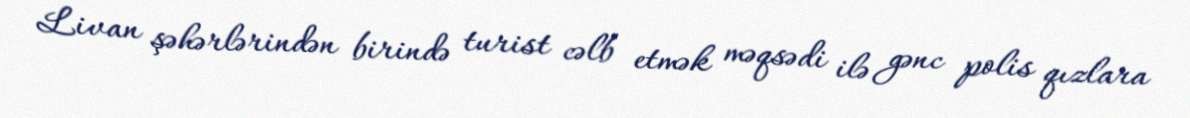
Livan şəhərlərindən birində turist cəlb etmək məqsədi ilə gənc polis qızlara